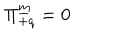
\Pi _ { + q } ^ { \underline { { { m } } } } = 0